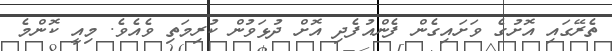
ތެރޭގައި އޮށުގެ ވަށައިގެން ފެންއުފެދި އޮށް ދުޅަވުން ކުރިމަތި ވެއެވެ. މިއީ ކޮންމެ